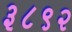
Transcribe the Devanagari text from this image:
३८९२